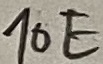
Text: 10E